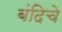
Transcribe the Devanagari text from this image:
बंदिचे